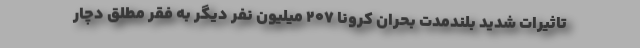
تاثیرات شدید بلندمدت بحران کرونا ۲۰۷ میلیون نفر دیگر به فقر مطلق دچار